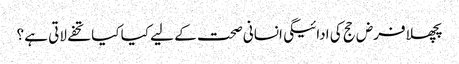
پچھلا فرض حج کی ادائیگی انسانی صحت کے لیے کیا کیا تحفے لاتی ہے ؟